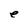
Character: e